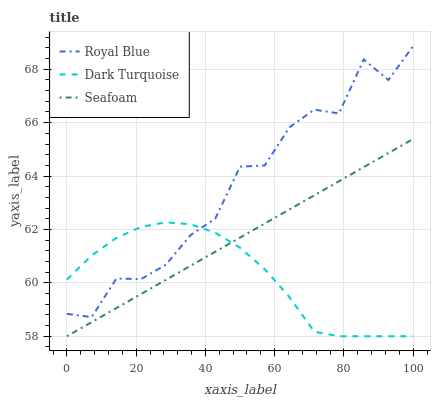
| xaxis_label | Royal Blue | Dark Turquoise | Seafoam |
 | --- | --- | --- | --- |
 | 0 | 58.8 | 60.1 | 58 |
 | 7.14 | 58.7 | 61 | 58.5 |
 | 14.3 | 60.2 | 61.7 | 59.1 |
 | 21.4 | 60.1 | 62.1 | 59.6 |
 | 28.6 | 60.7 | 62.3 | 60.1 |
 | 35.7 | 61.8 | 62.2 | 60.6 |
 | 42.9 | 62.4 | 61.9 | 61.2 |
 | 50 | 64.4 | 61.3 | 61.7 |
 | 57.1 | 64.4 | 60.5 | 62.2 |
 | 64.3 | 65.8 | 59.5 | 62.8 |
 | 71.4 | 66.5 | 58.2 | 63.3 |
 | 78.6 | 66.3 | 58 | 63.8 |
 | 85.7 | 68.4 | 58 | 64.3 |
 | 92.9 | 67.6 | 58 | 64.9 |
 | 100 | 68.9 | 58 | 65.4 |